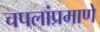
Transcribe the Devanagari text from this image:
चपलांप्रमाणे